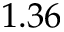
1 . 3 6